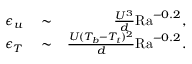
\begin{array} { r l r } { \epsilon _ { u } } & { { } \sim } & { \frac { U ^ { 3 } } { d } \mathrm { R a } ^ { - 0 . 2 } , } \\ { \epsilon _ { T } } & { { } \sim } & { \frac { U ( T _ { b } - T _ { t } ) ^ { 2 } } { d } \mathrm { R a } ^ { - 0 . 2 } . } \end{array}